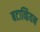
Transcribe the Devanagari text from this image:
बटाव्हियन